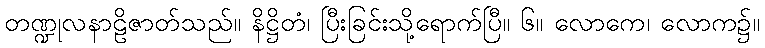
တဏ္ဍုလနာဠိဇာတ်သည်။ နိဋ္ဌိတံ၊ ပြီးခြင်းသို့ရောက်ပြီ။ ၆။ လောကေ၊ လောက၌။